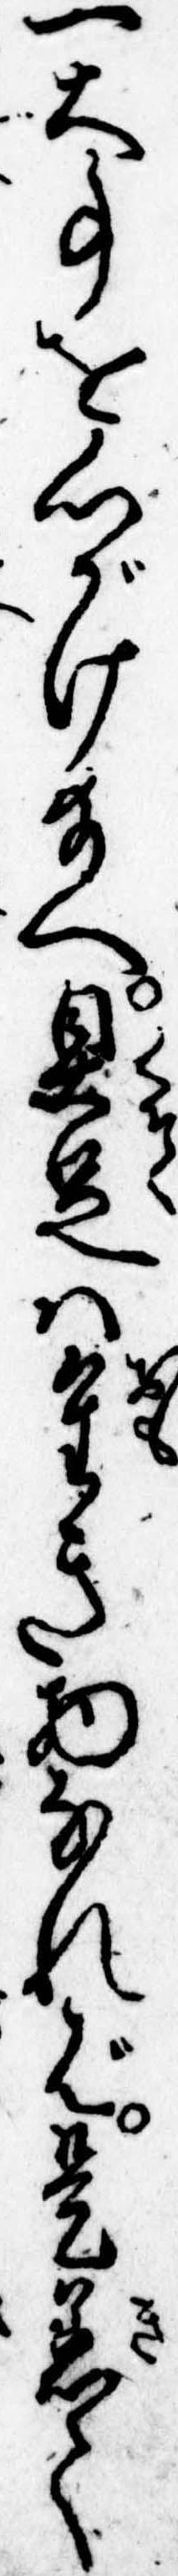
一大事を心がけ給へ具足は重き物なれば是着て